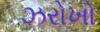
ઝરોખો